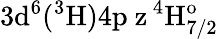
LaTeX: \mathrm{3d^{6}(^{3}H)4p\ z\, ^{4}H_{7/2}^{o}}